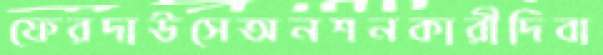
ফেরদাউসেঅনশনকারীদিবা